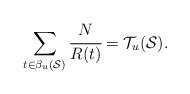
LaTeX: \begin{align*}\sum_{t \in \beta_u(\mathcal{S}) } \cfrac{N}{R(t)}=\mathcal{T}_u(\mathcal{S}).\end{align*}